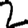
Digit: 2